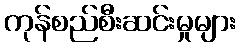
ကုန်စည်စီးဆင်းမှုများ